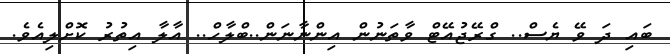
ބައި ދަ ވޭ ޔެސް.. ގްރޭޖުއޭޓް ވާތަނުން އިންނާނަން..ބްލާހް.. އާލާ އިތުރު ކޮށްލިއެވެ.